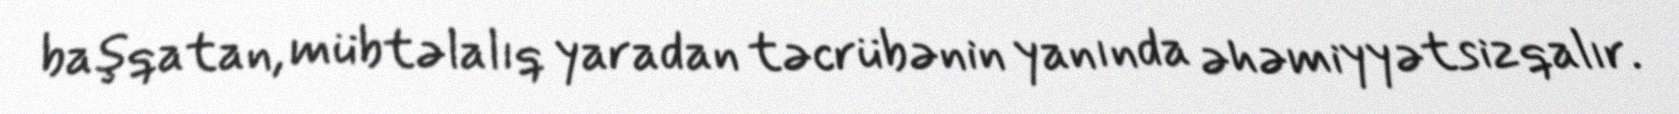
başqatan, mübtəlalıq yaradan təcrübənin yanında əhəmiyyətsiz qalır.